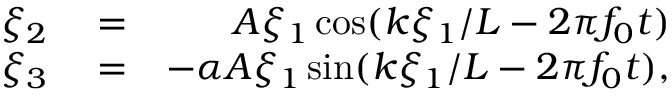
\begin{array} { r l r } { \xi _ { 2 } } & { { } = } & { A \xi _ { 1 } \cos ( k \xi _ { 1 } / L - 2 \pi f _ { 0 } t ) } \\ { \xi _ { 3 } } & { { } = } & { - \alpha A \xi _ { 1 } \sin ( k \xi _ { 1 } / L - 2 \pi f _ { 0 } t ) , } \end{array}